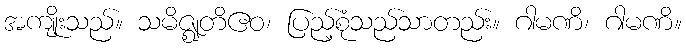
အကျိုးသည်။ သမိဇ္ဈတိဧဝ၊ ပြည့်စုံသည်သာတည်း။ ဂါမဏိ၊ ဂါမဏိ။